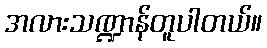
အလားသဏ္ဍာန်တူပါတယ်။